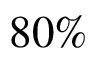
8 0 \%